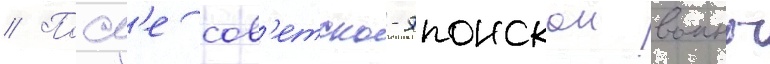
// Посл'е сов'етско-японскои воины